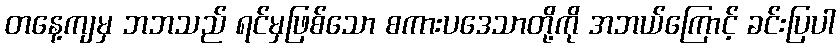
တနေ့ကျမှ ဘဘသည် ရင်မှဖြစ်သော စကားပဒေသာတို့ကို အဘယ်ကြောင့် ခင်းပြပါ